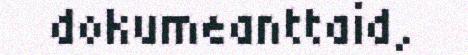
dokumeanttaid,